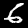
Digit: 6